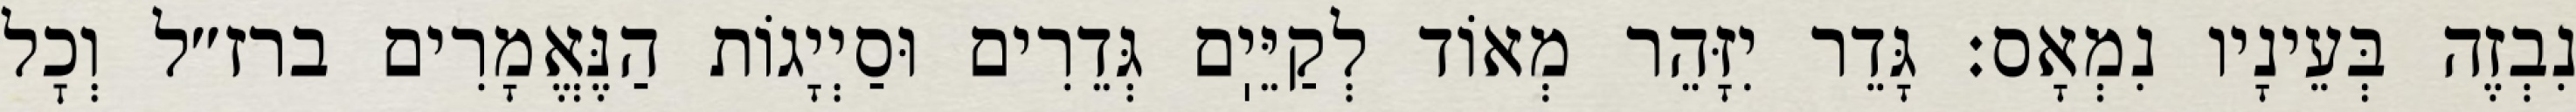
נִבְזֶה בְּעֵינָיו נִמְאָס: גָּדֵר יִזָּהֵר מְאוֹד לְקַיֵּיֽם גְּדֵרִים וּסַיְיָגוֹת הַנֶּאֱמָרִים ברז״ל וְכׇל